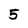
Character: 5